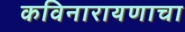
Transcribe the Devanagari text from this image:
कविनारायणाचा